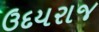
ઉદયરાજ